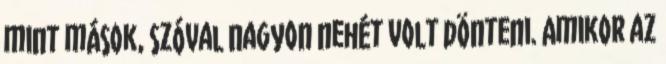
mint mások, szóval nagyon nehét volt dönteni. Amikor az